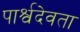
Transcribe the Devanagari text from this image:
पार्श्वदेवता